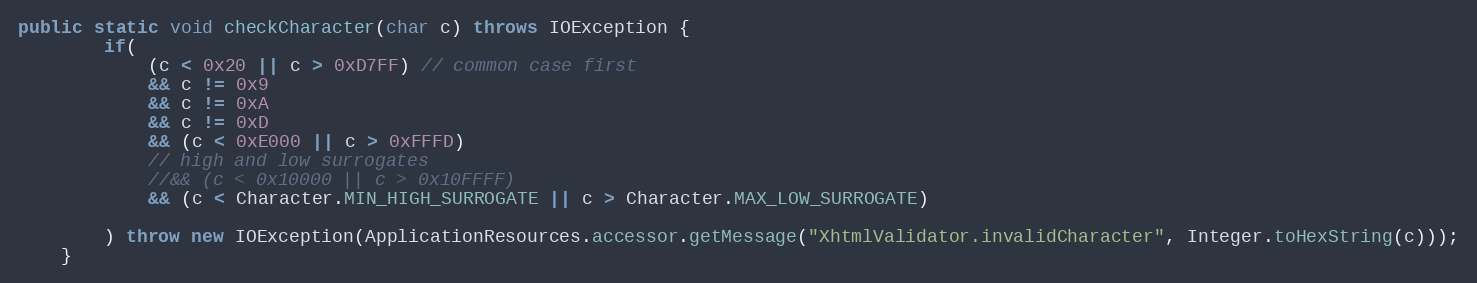
Language: Java
public static void checkCharacter(char c) throws IOException {
		if(
			(c < 0x20 || c > 0xD7FF) // common case first
			&& c != 0x9
			&& c != 0xA
			&& c != 0xD
			&& (c < 0xE000 || c > 0xFFFD)
			// high and low surrogates
			//&& (c < 0x10000 || c > 0x10FFFF)
			&& (c < Character.MIN_HIGH_SURROGATE || c > Character.MAX_LOW_SURROGATE)

		) throw new IOException(ApplicationResources.accessor.getMessage("XhtmlValidator.invalidCharacter", Integer.toHexString(c)));
	}